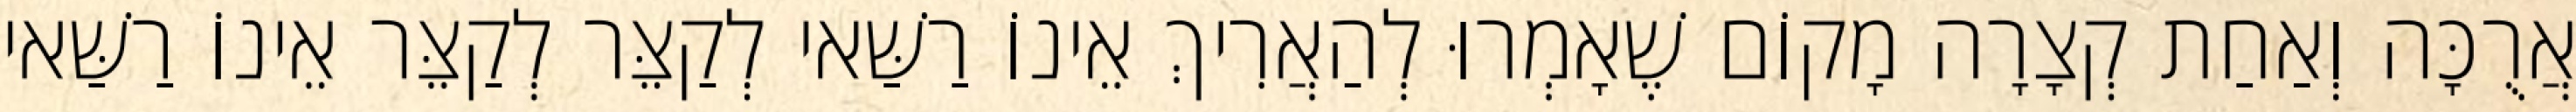
אֲרֻכָּה וְאַחַת קְצָרָה מָקוֹם שֶׁאָמְרוּ לְהַאֲרִיךְ אֵינוֹ רַשַּׁאי לְקַצֵּר לְקַצֵּר אֵינוֹ רַשַּׁאי